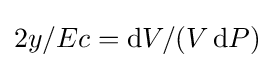
2y/Ec=\operatorname {d} \!V/(V\operatorname {d} \!P)